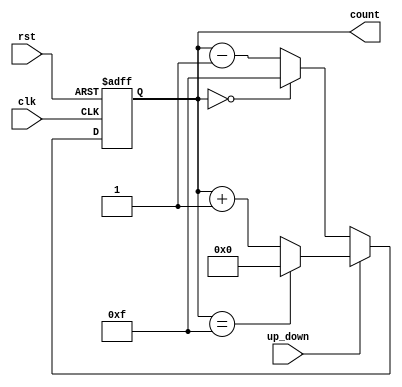
module UpDownCounter (
    input wire clk,          // Clock signal
    input wire rst,          // Asynchronous reset signal
    input wire up_down,      // Control signal for counting direction (1: Up, 0: Down)
    output reg [3:0] count   // 4-bit binary output for the count
);

// Always block triggered on the rising edge of clock or when reset is asserted
always @(posedge clk or posedge rst) begin
    if (rst) begin
        // On reset, set count to 0
        count <= 4'b0000;
    end else begin
        // If counting up
        if (up_down) begin
            // Increment count and wrap around if maximum value is reached
            count <= (count == 4'b1111) ? 4'b0000 : count + 1;
        end else begin
            // If counting down
            // Decrement count and wrap around if minimum value (0) is reached
            count <= (count == 4'b0000) ? 4'b1111 : count - 1;
        end
    end
end

endmodule